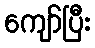
ကျော်ပြီး